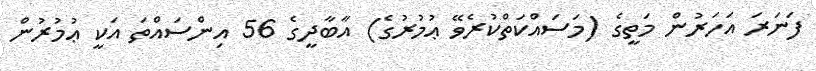
ފަނަރަ އަހަރުން މަތީގެ (މަސައްކަތްކުރެވޭ ޢުމުރުގެ) އާބާދީގެ 56 އިންސައްތަ އަކީ ޢުމުރުން